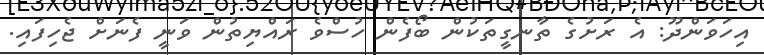
އިހަވަންދޫ: އެ ރަށުގެ ތާނގީތަކުން ބޯފެން ހުސްވެ ރައްޔިތުން ވަނީ ފެނަށް ޖެހިފައި.